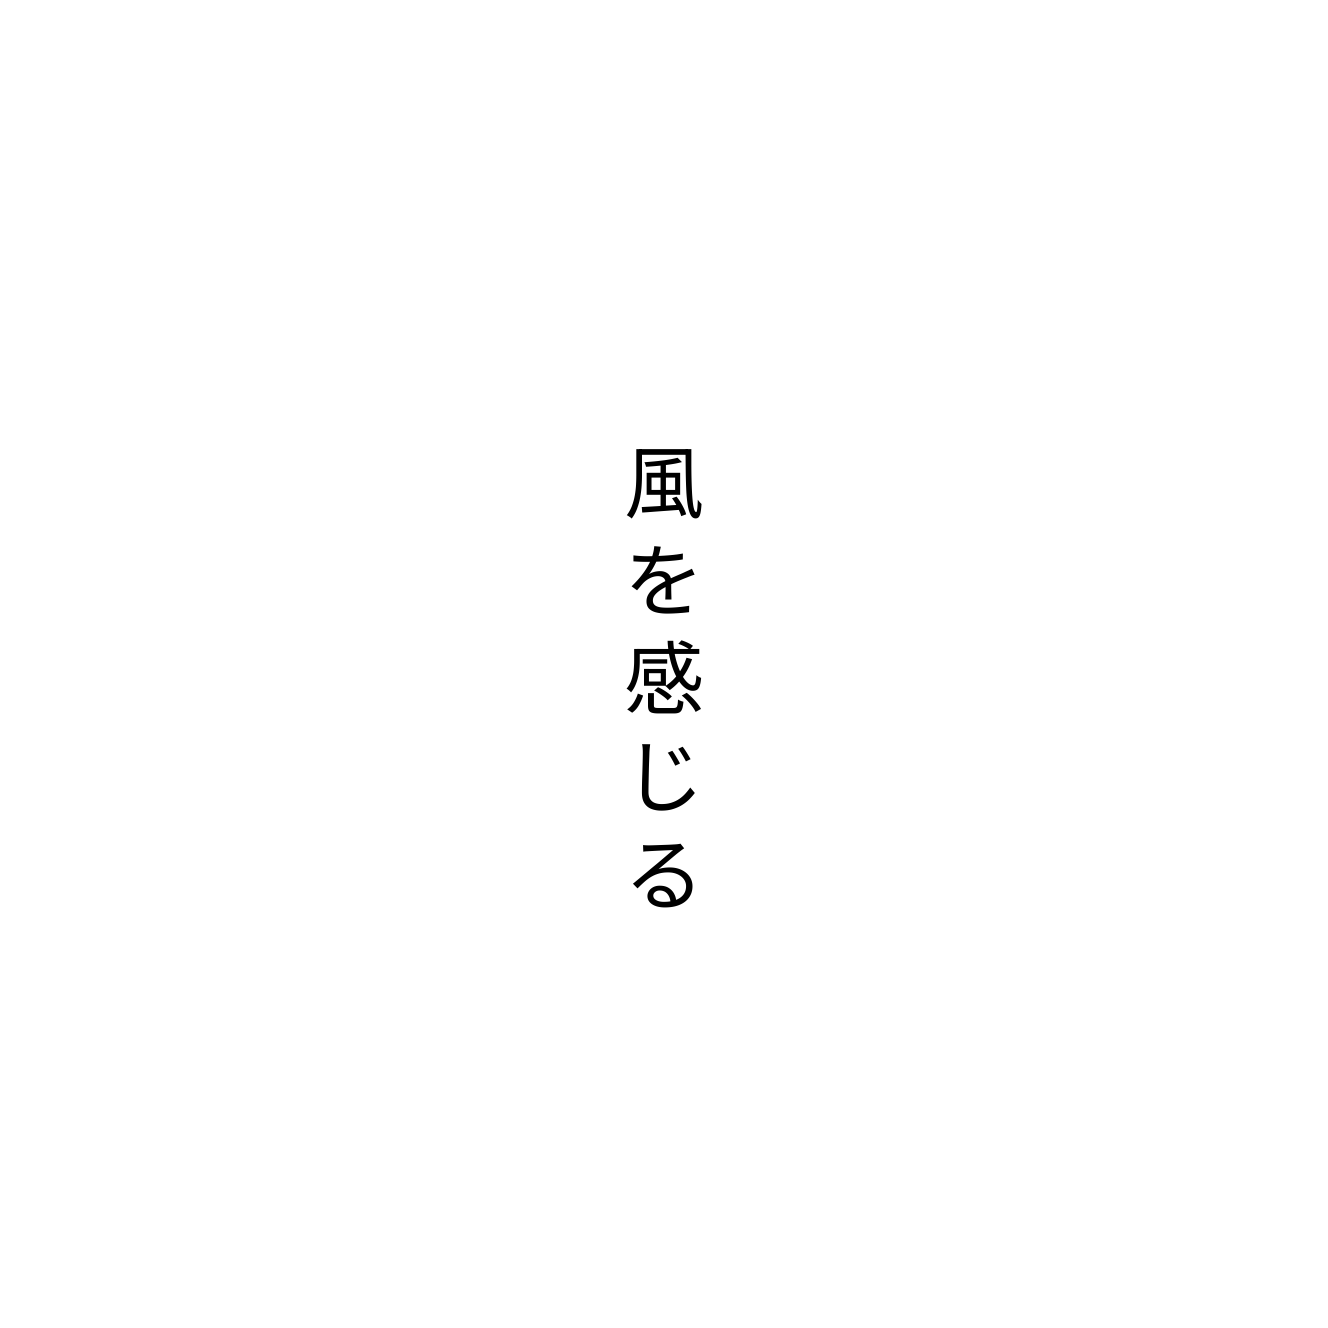
風を感じる